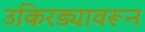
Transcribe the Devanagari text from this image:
उकिरड्यावरून